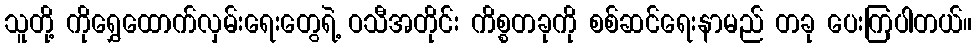
သူတို့ ကိုရွှေထောက်လှမ်းရေးတွေရဲ့ ဝသီအတိုင်း ကိစ္စတခုကို စစ်ဆင်ရေးနာမည် တခု ပေးကြပါတယ်။